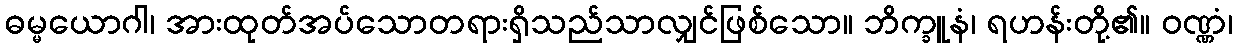
ဓမ္မယောဂါ၊ အားထုတ်အပ်သောတရားရှိသည်သာလျှင်ဖြစ်သော။ ဘိက္ခူနံ၊ ရဟန်းတို့၏။ ဝဏ္ဏံ၊